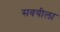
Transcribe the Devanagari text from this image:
सवयीला